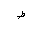
Letter: _da